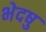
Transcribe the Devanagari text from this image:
भेदषु